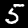
Label: 5